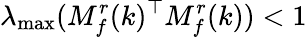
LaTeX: \lambda_{\operatorname*{max}}(M_{f}^{r}(k)^{\top}M_{f}^{r}(k))<1